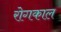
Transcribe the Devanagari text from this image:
रोगकाल